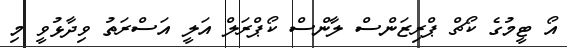
އޯ ޓީމުގެ ކޯޗް ޕްރިޒަންސް ލާންސް ކޯޕްރަލް އަލީ އަސްރަތު ވިދާޅުވީ މި